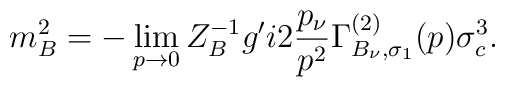
m^2_B=-\lim_{p\to 0}Z^{-1}_B g'i2{p_{\nu}\over p^2}\Gamma^{(2)}_{B_{\nu},\sigma_1}(p)\sigma^3_c.